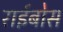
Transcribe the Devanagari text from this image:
राईबोस